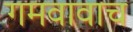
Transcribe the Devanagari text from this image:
गमवावाच